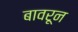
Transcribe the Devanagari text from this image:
बावरून